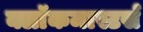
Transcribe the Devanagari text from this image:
क्लाॅकमास्टर्स